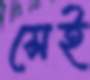
সেই